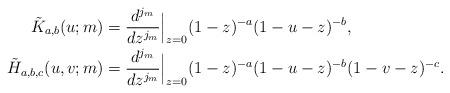
LaTeX: \begin{align*} \tilde K_{a,b}(u;m) &= \frac{d^{j_m}}{dz^{j_m}} \Big|_{z=0} (1-z)^{-a} (1-u-z)^{-b} , \\ \tilde H_{a,b,c}(u,v;m) &= \frac{d^{j_m}}{dz^{j_m}} \Big|_{z=0} (1-z)^{-a} (1-u-z)^{-b}(1-v-z)^{-c}. \end{align*}